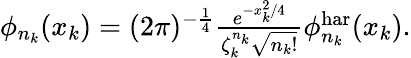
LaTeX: \begin{array}{r}{\phi_{n_{k}}(x_{k})=(2\pi)^{-\frac{1}{4}}\frac{e^{-x_{k}^{2}/4}}{\zeta_{k}^{n_{k}}\sqrt{n_{k}!}}\phi_{n_{k}}^{\mathrm{har}}(x_{k}).}\end{array}